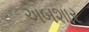
અબશાર